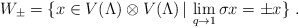
\begin{align*}W_\pm=\{x\in V(\Lambda)\otimes V(\Lambda)\,|\,\lim_{q\rightarrow 1}\sigma x=\pm x\}\;.\end{align*}